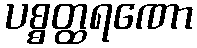
ပစ္စတ္ထရဏော